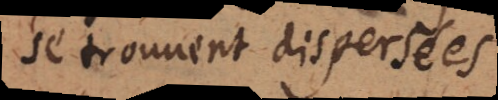
se trouvent dispersées